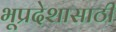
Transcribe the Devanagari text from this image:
भूप्रदेशासाठी